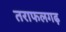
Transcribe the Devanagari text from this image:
तराफलगढ़